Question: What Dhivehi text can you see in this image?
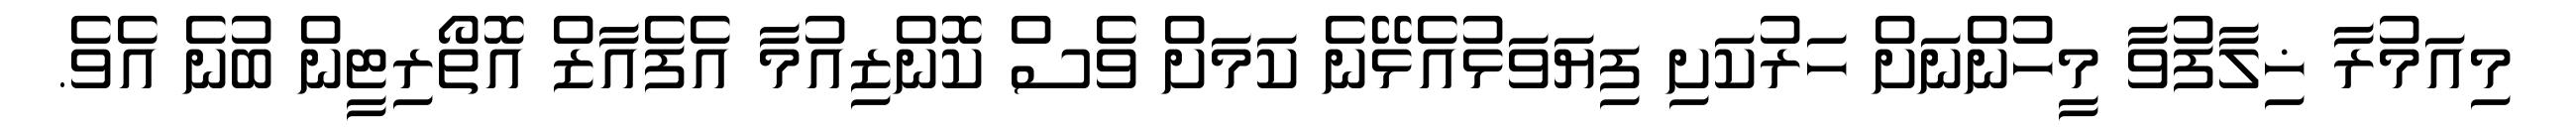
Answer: މިއަމުރާ ޚިލާފުވާ މީހުންނަށް ހަރުކަށި ފިޔަވަޅުއެޅޭނެ ކަމަށް ވެސް ކޮންޒިއުމާ އެފެއާޒް އޮތޯރިޓީން ބުނެ އެވެ.